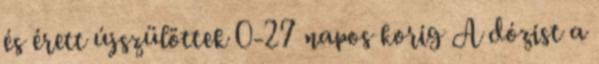
és érett újszülöttek 0-27 napos korig A dózist a